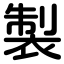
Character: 製